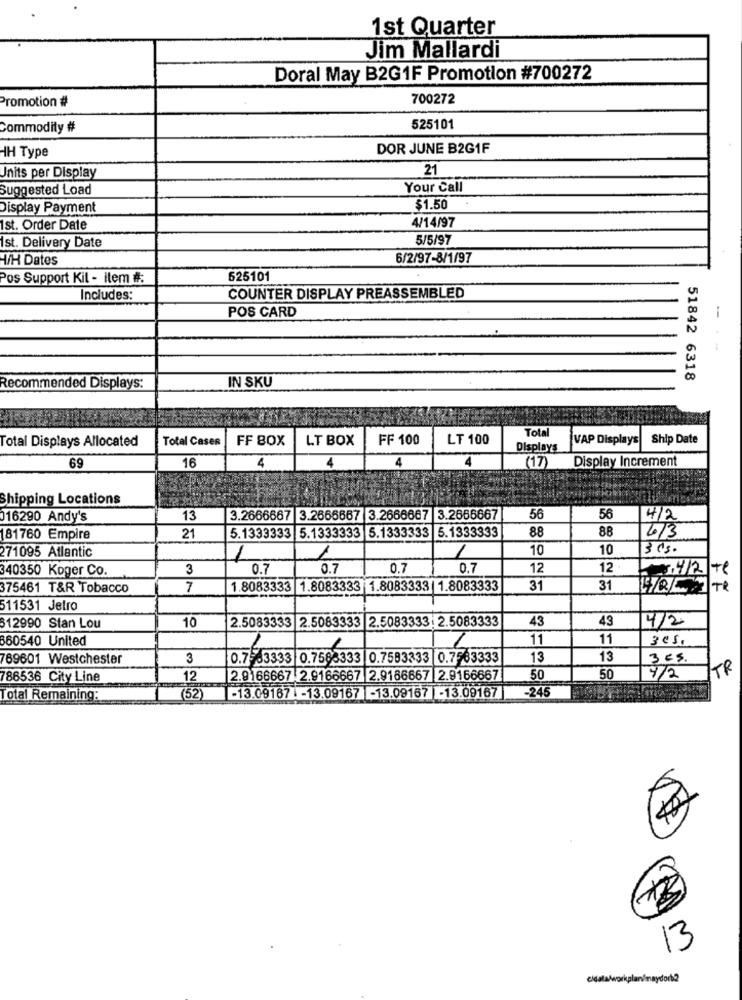
1st Quarter
Jim Mallardi
Doral May B2G1F Promotion #700272
Promotion #
700272
Commodity #
525101
DOR JUNE B2G1F
HH Type
21
Units per Display
Suggested Load
Your Call
Display Payment
$1.50
4/14/97
Ist. Order Date
5/5/97
Ist. Delivery Date
/H Dates
6/2/97-8/1/97
Pos Support Kil - item #:
625101
Includes:
COUNTER DISPLAY PREASSEMBLED
POS CARD
-.-
51842 6318
Recommended Displays:
IN SKU
Total
Total Displays Allocated
Total Cases
FF BOX
LT BOX
FF 100
LT 100
VAP Displays
Ship Date
Displays
4
4
Display Increment
69
16
4
(17)
Shipping Locations
016290 Andy's
13
3.2666667 3.2666667 3.2666667 3.2666667
56
56
4/2
5.1333333 5.1333333 5.1333333 5.1333333
88
88
181760 Empire
21
2/3
271095 Atlantic
1
10
10
1
1
340350 Koger Co.
3
0.7
0.7
0.7
0.7
12
12
375461 T&R Tobacco
7
1.8083333 1.8083333 1.8083333 1.8083333
31
31
511531 Jetro
10
2.5083333 2.5083333 2.5083333. 2.5083333
43
43
4/2
812990 Stan Lou
860540 United
11
11
3º5
69601 Westchester
3
0.7 63333 0.7583333 0.7583333 0.7563333
13
13
3ES
1TR
786536 City Line
12
2.9166667 2.9166667 2.9166667 2.9166667
50
50
7/2
-245
Total Remaining:
(52)
-13.09167 . - 13.09167 -13.09167 -13.09167
13
cidata/workplan/maydoch?